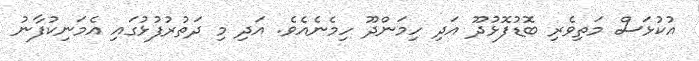
އުކުޅަސް މަތިވެރި ބޮޑުފޮޅުދޫ އަދި ހިމަންދޫ ހިމެނެއެވެ. އަދި މި ދަތުރުފުޅުގައި އެމަނިކުފާނު